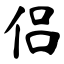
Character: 侣